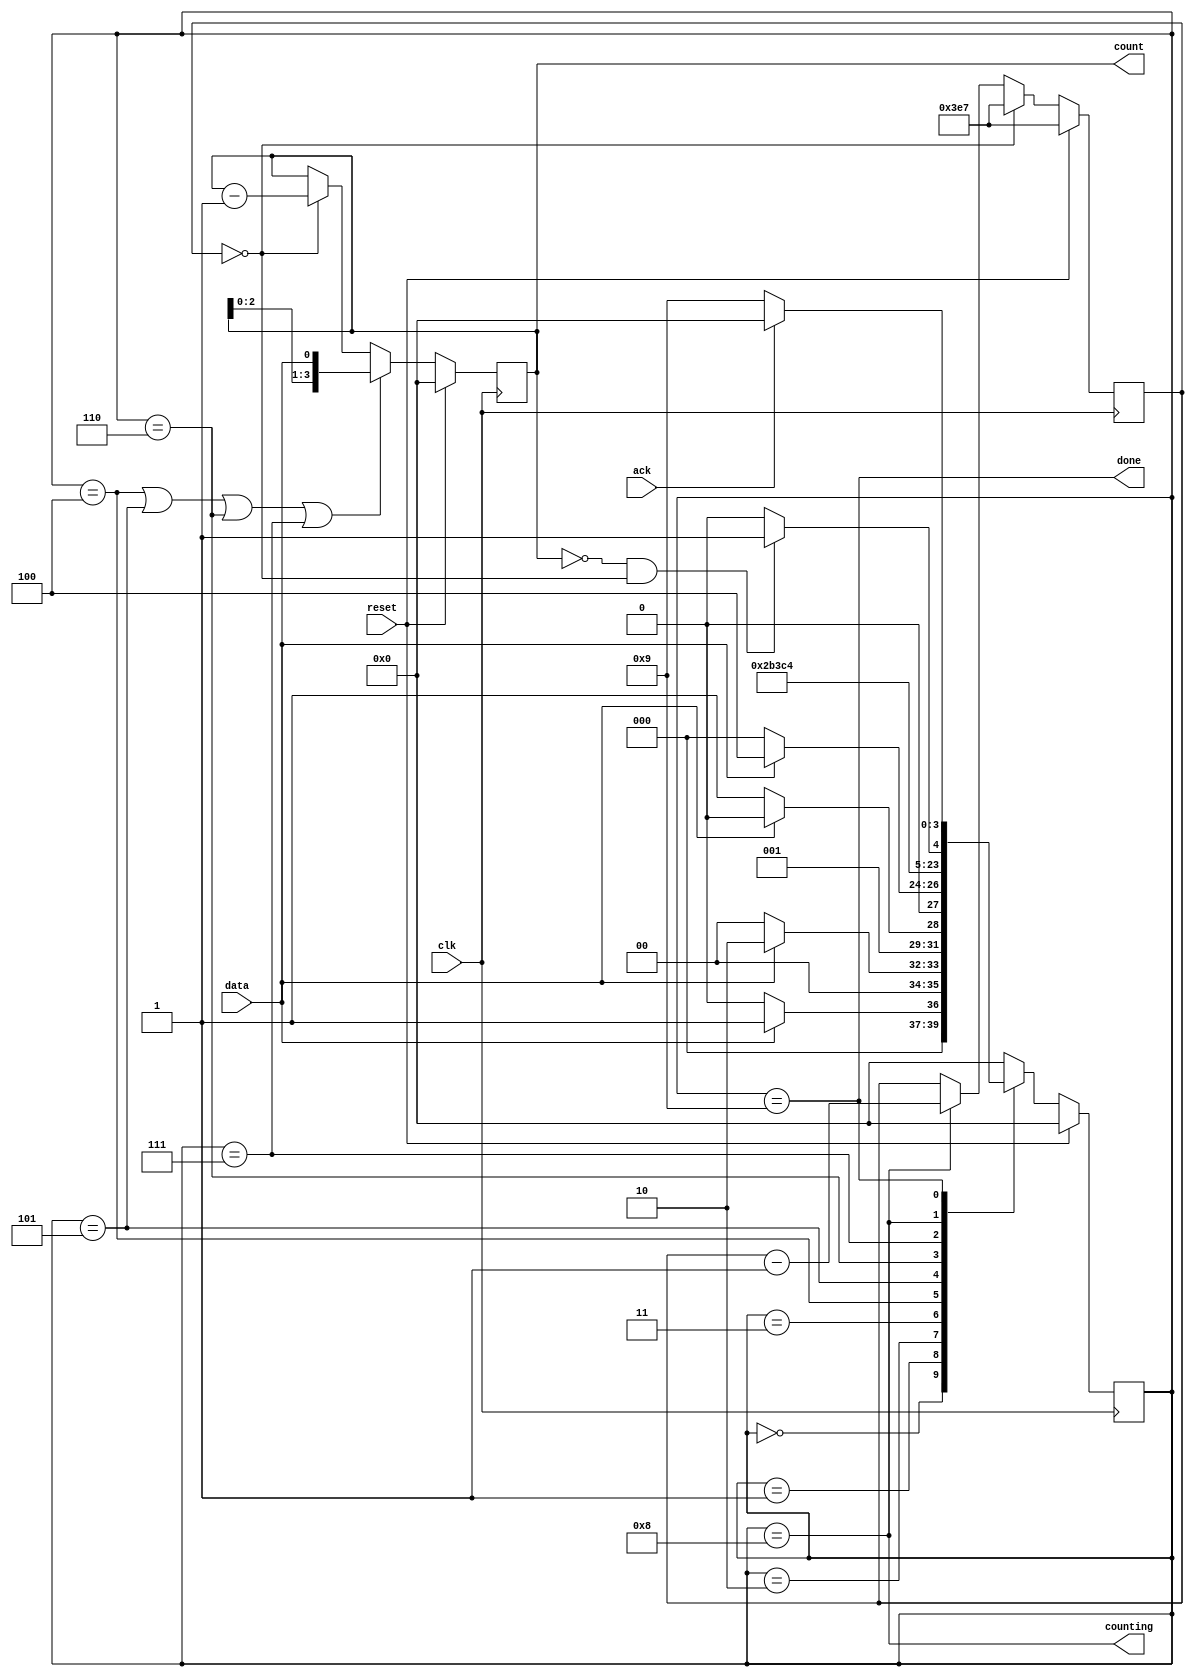
module top_module (
    input clk,
    input reset,      // Synchronous reset
    input data,
    output [3:0] count,
    output counting,
    output done,
    input ack );
    
    parameter S = 0;
    parameter S1= 1;
    parameter S11 = 2;
    parameter S110 = 3;
    parameter B0 = 4;
    parameter B1 = 5;
    parameter B2 = 6;
    parameter B3 = 7;
    parameter COUNT = 8;
    parameter WAIT = 9;
    
    reg [3:0] state, next_state;
    reg [9:0] timer;
    wire shift_ena;
    wire done_counting;
    wire sub;
    
    always @(*) begin
        case (state)
            S: next_state = data? S1 : S;
            S1: next_state = data? S11 : S;
            S11: next_state = data? S11 : S110;
            S110: next_state = data? B0 : S;
            B0: next_state = B1;
            B1: next_state = B2;
            B2: next_state = B3;
            B3: next_state = COUNT;
            COUNT: next_state = done_counting? WAIT : COUNT;
            WAIT: next_state = ack? S : WAIT;
            default: next_state = S;
        endcase
    end
    
    always @(posedge clk) begin
        if (reset)
            state <= S;
        else
            state <= next_state;
    end
    
    assign shift_ena = state == B0 | state == B1 | state == B2 | state == B3;
    assign counting = state==COUNT;
    assign done = state==WAIT;    
    
    always @(posedge clk) begin
        if (reset)
            count <= 4'h0;
        else if (shift_ena)
            count <= {count[2:0], data};
        else if (sub)
            count <= count - 1'b1;
        
    end
    
    
    
    always @(posedge clk) begin
        if (reset)
            timer <= 10'd999;
        else if (timer == 0)
            timer <= 10'd999;
        else if (counting)
            timer <= timer -1'b1;
    end
    assign sub = timer == 10'd0;
    assign done_counting = count == 4'h0 & sub == 1;
    
    

endmodule